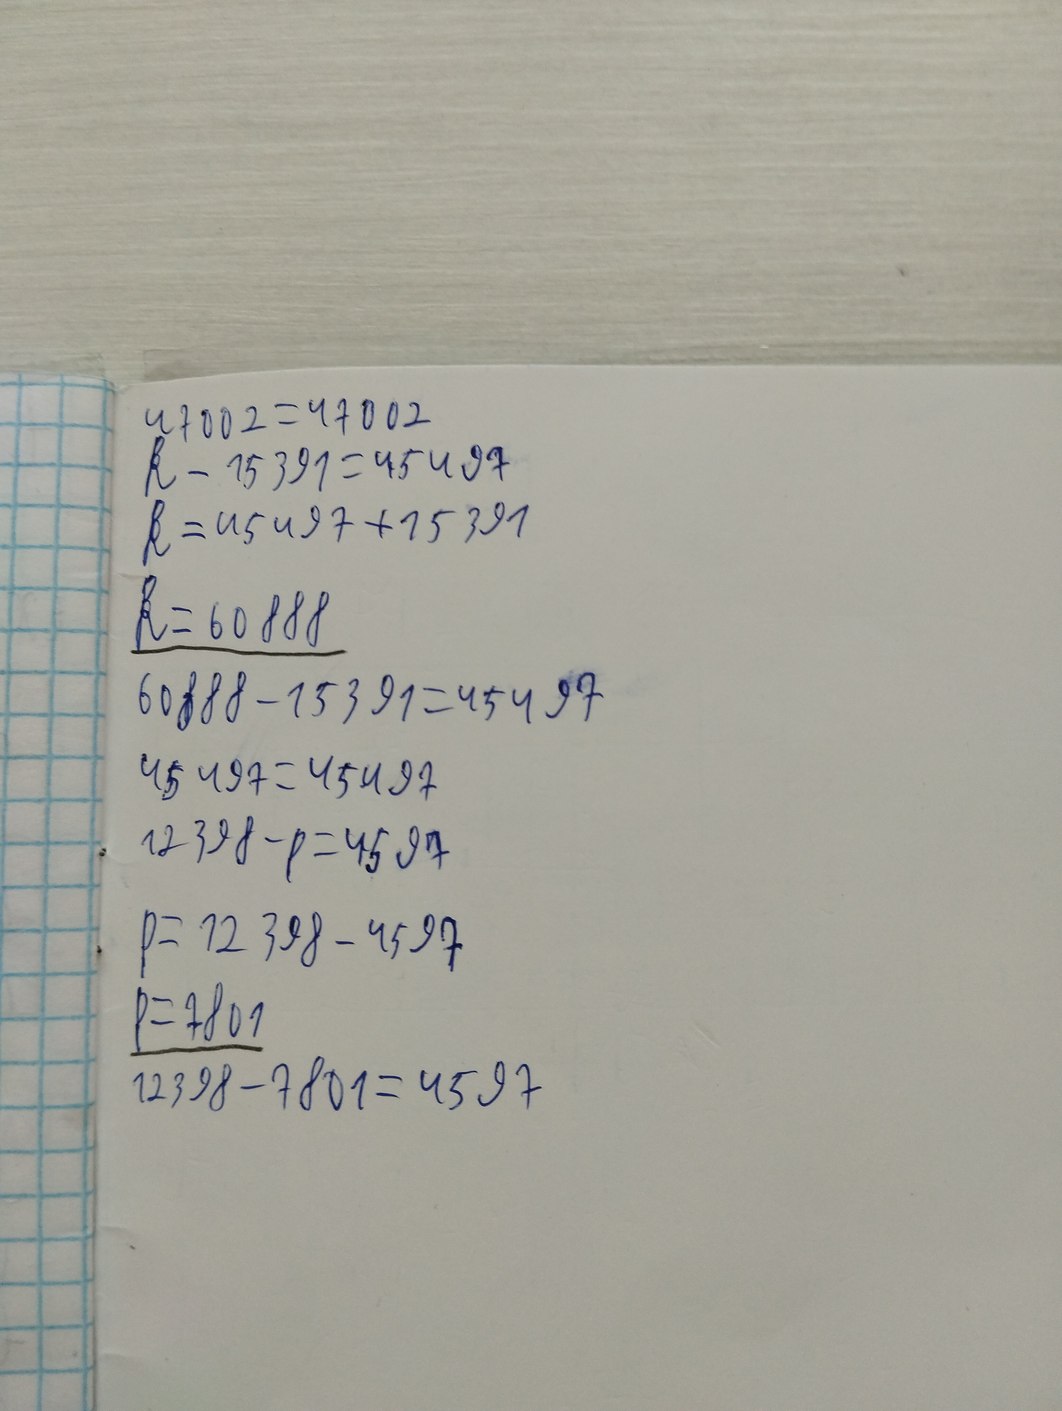
47002 = 47002
k - 15391 = 45497
k=45497+15391
k = 60888
60888-15391=45497
45497 = 45497
12398-p=4597
P= 12398 - 4597
P=7801
12398-7801=4597